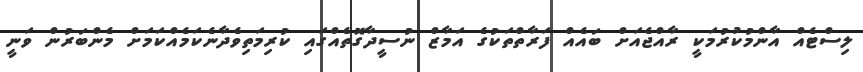
ލިސްޓެއް އާންމުކުރުމަކީ ރާއްޖެއަށް ބައެއް ފަރާތްތަކުގެ އަމާޒް ނުސީދާގޮތެއްގައި ކުރިމަތިވެދާނެކަމެއްކަމަށް މެންބަރުން ވަނީ